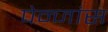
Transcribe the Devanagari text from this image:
पेन्जांस